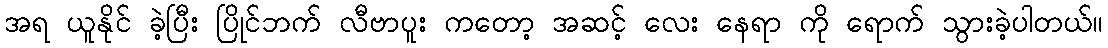
အရ ယူနိုင် ခဲ့ပြီး ပြိုင်ဘက် လီဗာပူး ကတော့ အဆင့် လေး နေရာ ကို ရောက် သွားခဲ့ပါတယ်။